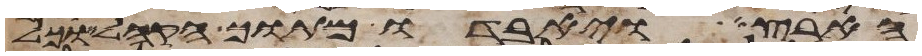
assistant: הארץ ויאבדו מתוך הקהל וכל